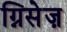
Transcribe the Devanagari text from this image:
ग्निसेज़